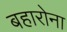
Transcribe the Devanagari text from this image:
बहारोना